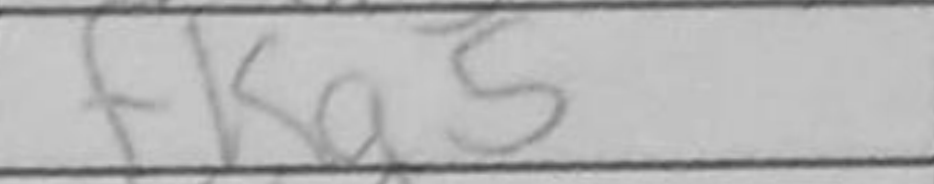
Transcription: Kg5